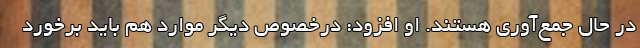
در حال جمع‌آوری هستند. او افزود: درخصوص دیگر موارد هم باید برخورد